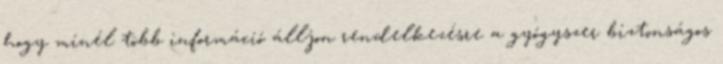
hogy minél több információ álljon rendelkezésre a gyógyszer biztonságos